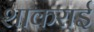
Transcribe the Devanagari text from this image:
शाकराई